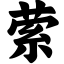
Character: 萦